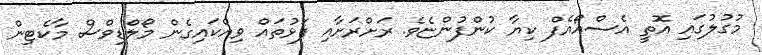
މުގުލުގައި އޮތީ އެސްއޯއެފް ކިޔާ ކުންފުންޏެވެ. ރަށްރަށާއި ފަޅުތައް ވިއްކައިގެން މޯލްޑިވްސް މާކެޓިން